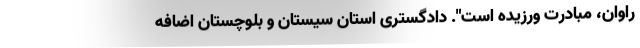
راوان، مبادرت ورزیده است". دادگستری استان سیستان و بلوچستان اضافه